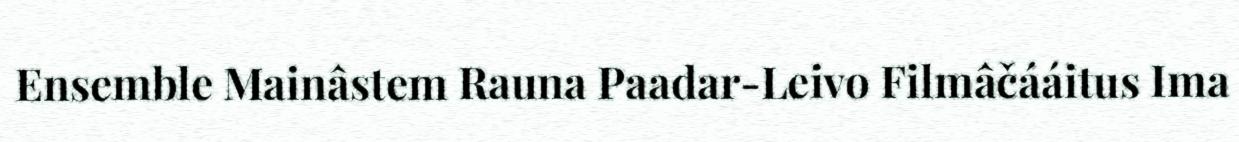
Ensemble Mainâstem Rauna Paadar-Leivo Filmâčááitus Ima